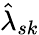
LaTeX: \hat{\lambda}_{sk}